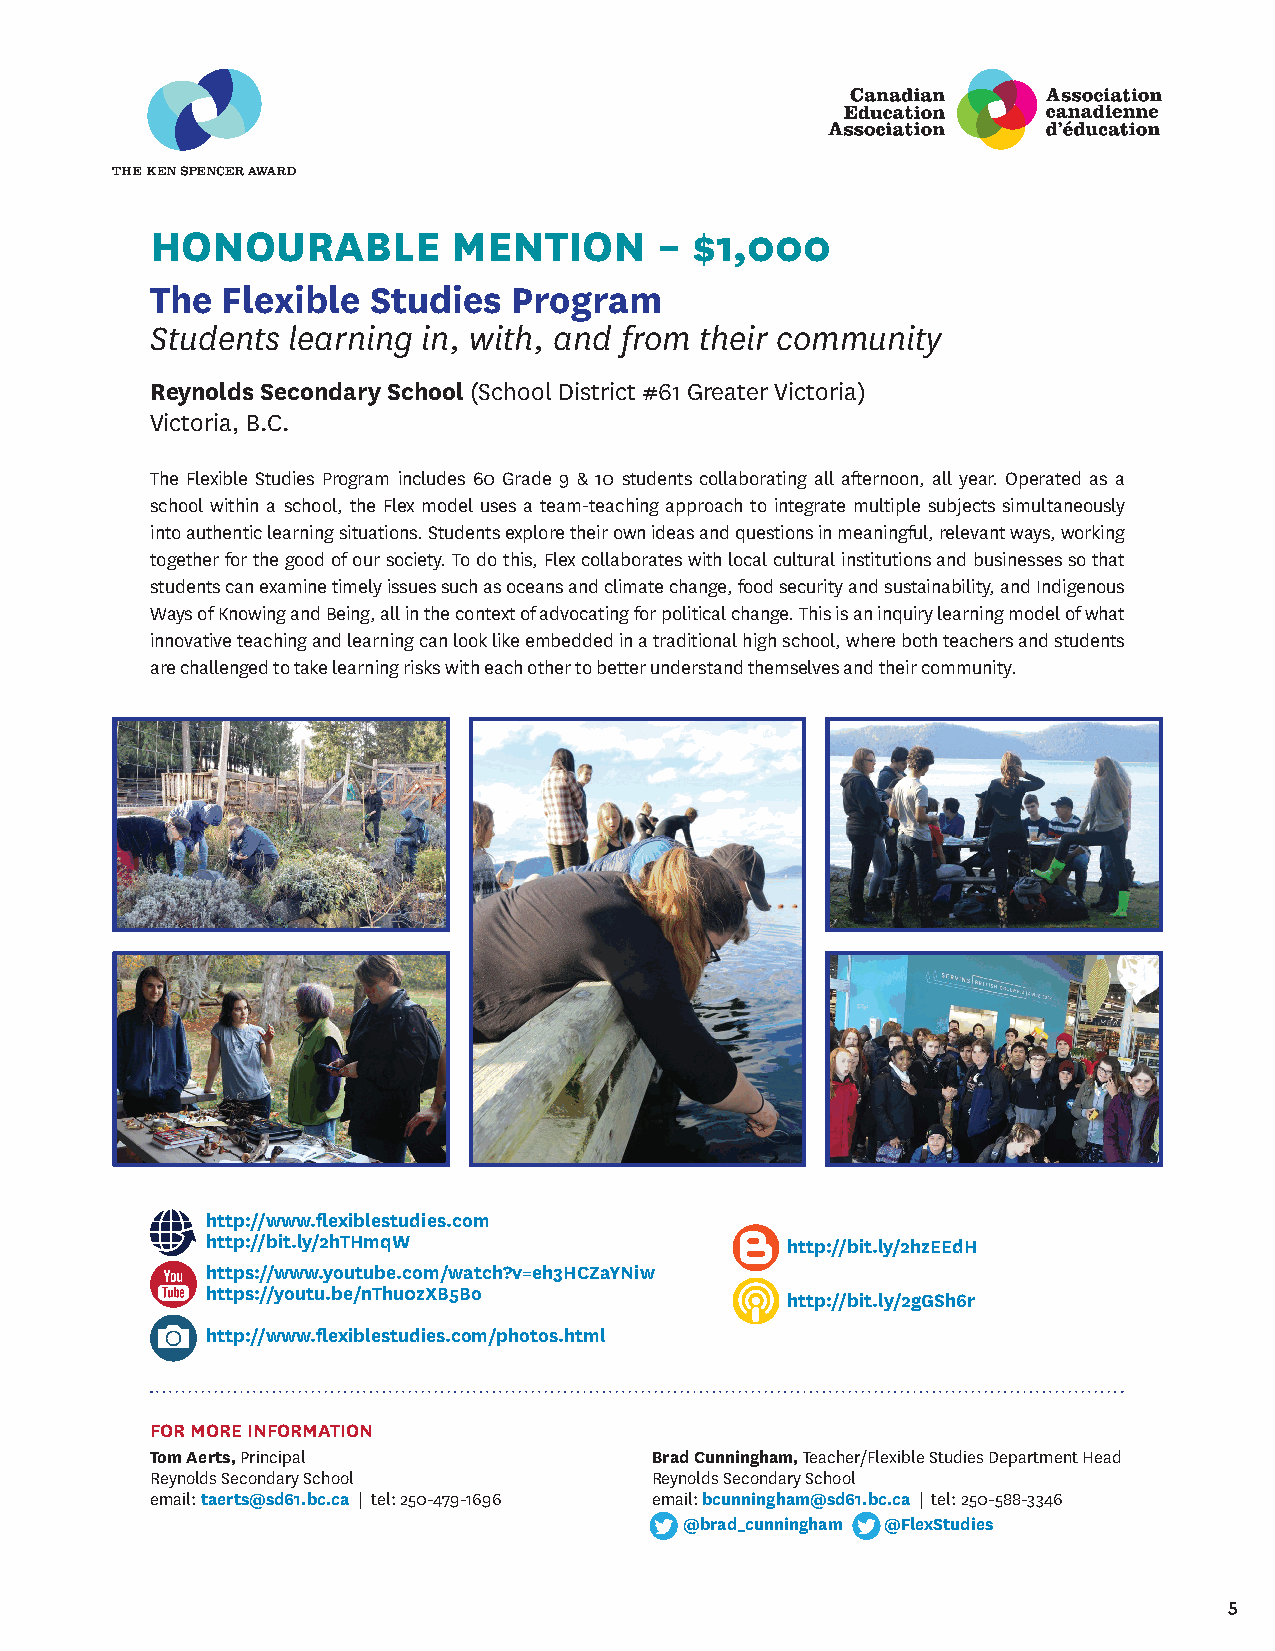
HONOURABLE          MENTION       – $1,000
 The  Flexible Studies   Program
 Students learning in, with, and from their community
 reynolds Secondary School (School District #61 Greater Victoria)
 Victoria, B.C.
 The Flexible Studies Program includes 60 Grade 9 & 10 students collaborating all afternoon, all year. Operated as a
 school within a school, the Flex model uses a team-teaching approach to integrate multiple subjects simultaneously
 into authentic learning situations. Students explore their own ideas and questions in meaningful, relevant ways, working
 together for the good of our society. To do this, Flex collaborates with local cultural institutions and businesses so that
 students can examine timely issues such as oceans and climate change, food security and sustainability, and Indigenous
 Ways of Knowing and Being, all in the context of advocating for political change. This is an inquiry learning model of what
 innovative teaching and learning can look like embedded in a traditional high school, where both teachers and students
 are challenged to take learning risks with each other to better understand themselves and their community.
 http://www.flexiblestudies.com
 http://bit.ly/2hTHmqW                 http://bit.ly/2hzEEdH
 https://www.youtube.com/watch?v=eh3HCZaYniw
 https://youtu.be/nThu0zXB5Bo
 http://bit.ly/2gGSh6r
 http://www.flexiblestudies.com/photos.html
 For morE InFormATIon
 Tom Aerts, Principal             Brad Cunningham, Teacher/Flexible Studies Department Head
 Reynolds Secondary School        Reynolds Secondary School
 email: taerts@sd61.bc.ca | tel: 250-479-1696 email: bcunningham@sd61.bc.ca | tel: 250-588-3346
 @brad_cunningham @FlexStudies
 5